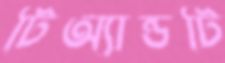
টিঅ্যান্ডটি